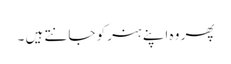
پھر وہ اپنے ہنر کو جانتے ہیں ۔